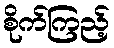
စိုက်ကြည့်